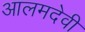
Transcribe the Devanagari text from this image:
आलमदेवी